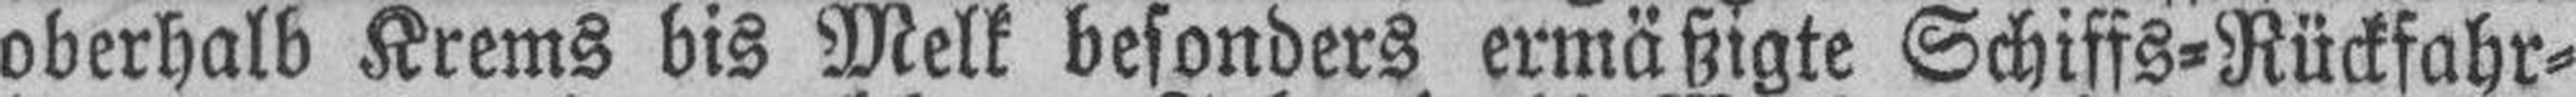
oberhalb Krems bis Melk besonders ermäßigte Schiffs=Rückfahr¬